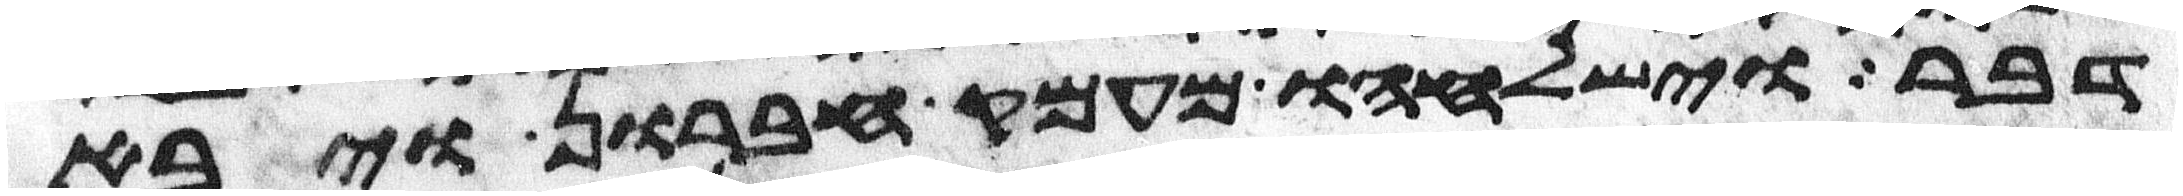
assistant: דבר וישלחהו מעמק חברון ויבא